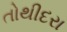
તોથીદરા